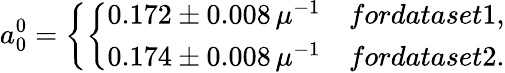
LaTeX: a_{0}^{0}=\left\{ \left\{ \begin{array}{ll}{{0.172\pm 0.008\, \mu^{-1}}}&{{fordataset1,}}\\ {{0.174\pm 0.008\, \mu^{-1}}}&{{fordataset2.}}\end{array}\right.\right.